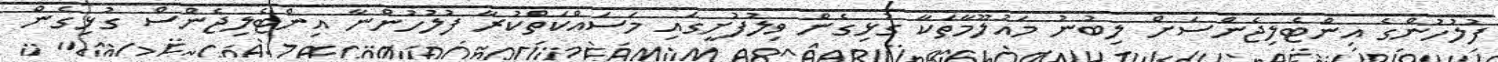
ފުލުހުންގެ އިންޓެލިޖެންސަށް ލިބުނު މައުލޫމާތަކާ ގުޅިގެން ވިލުފުށީގައި މަސައްކަތްކުރާ ފުލުހުންނާ އިންޓެލިޖެންސް ގުޅިގެން